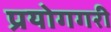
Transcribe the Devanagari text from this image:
प्रयोगगरी